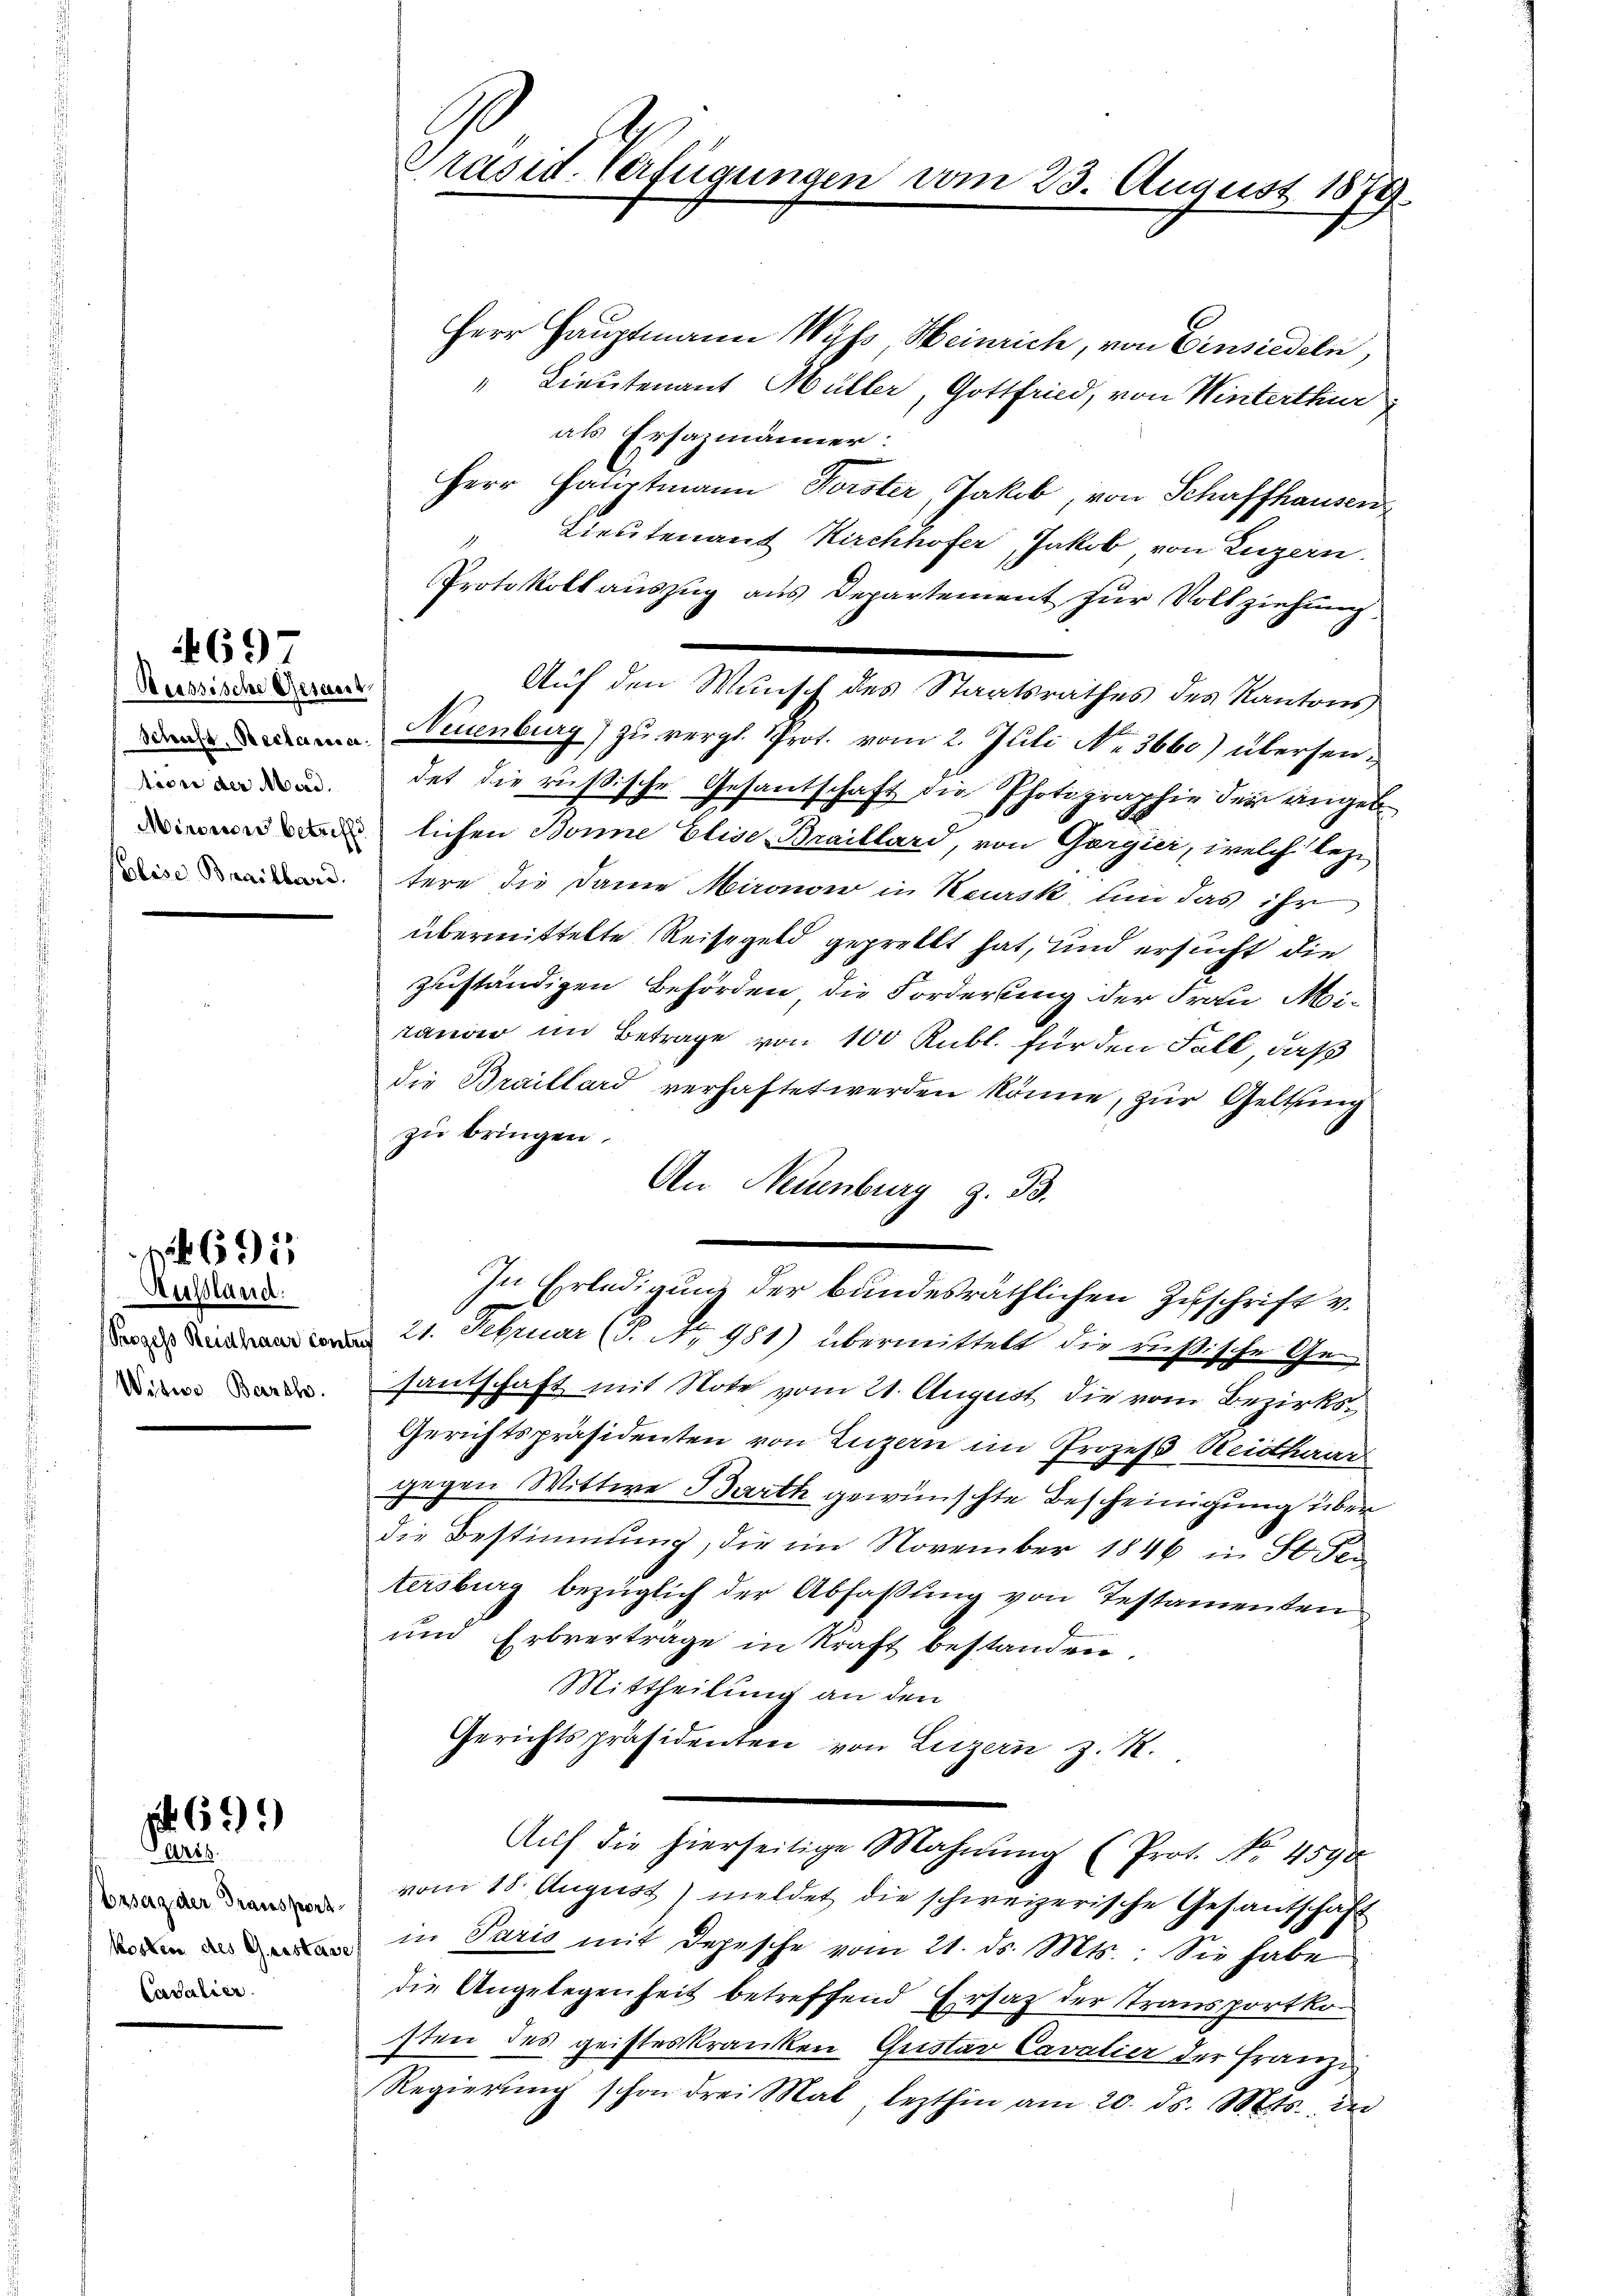
Reissische Gesand
tösse der Mord.
Plise Braillard.

469

Ausland.
Prozess Reidhaar cont
Wative Barth.

1695

699

Paris
bzsag der Transport.
Cavalier.

Präsid. Verfügungen

Herr Hauptmann Wyss, Heinrich, von Einsiedeln,
Lieutenant Müller, Gottfried, von Winterthur
als Ersazmänner:
Herr Hauptmann Forster, Jakob, von Schaffhausen,
" Lieutenant Kirchhofer, Jakob von Luzern.
Protokoll auszug aus Departement zur Vollziehung
Neuenburg) zu vergl. Prot. vom 2. Juli Nr. 3660) übersendet die russische Gesandschaft die Photographie der angeb
dlichen Bonne Elise Braillard, von Gergier, welch lezt
tere die Dame Mironow in Keursk um das ihr
übermittelte Reisegeld geprellt hat, und ersucht die
zuständigen Behörden die Forderung der Frau Mi-
rander im Betrage von 100 Kubl. für den Fall, daß
die Braillard verhaftet werden könne, zur Geltung
zu bringen,
An Neuenburg z. B.
In Erledigung der bundesräthlichen Zuschrift v.
& 21. Februar (P. Nr. 981) übermittelt die russische Gesantschaft mit Note vom 21. August die vom Bezirks¬
Gerichtspräsidenten von Luzern im Prozeß Reidhaar
gegen Wittwe Barth gewünschte Bescheinigung über
die Bestimmung, die im November 1846 in St. Se
tersburg bezüglich der Abfaßung von Testamenten
und Erbvertrage in Kraft bestanden.
Mittheilung an den
Gerichtspräsidenten von Luzern z. R.
Auf die hierseitige Mahnŭng (Prot. No. 4590
vom 18. August) meldet die schweizerische Gesantschäft
 in Paris mit Depesche vom 21. ds. Mts.: Sie habe
die Angelegenheit betreffend Ersatz der Transportkosten des geisteskranken Gustar Cavalier der Franze
Regierung schon drei Mal lezthin am 20. ds. Mts., die

Auf den Wunsch des Staatsrathes des Kantons

vom 23. August 1879.